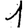
Digit: 1